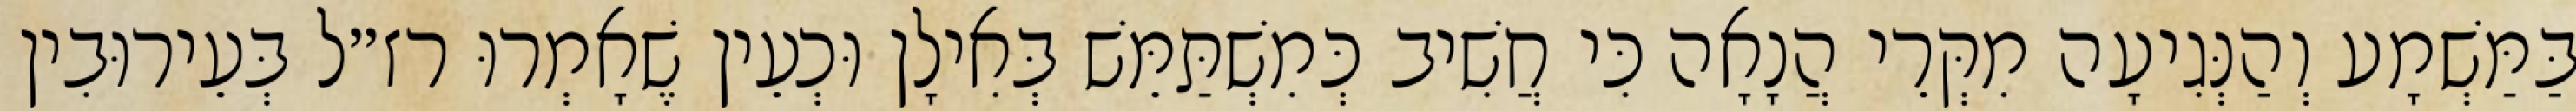
בַּמַּשְׁמָע וְהַנְּגִיעָה מִקְּרֵי הֲנָאָה כִּי חֲשִׁיב כְּמִשְׁתַּמֵּשׁ בְּאִילָן וּכְעֵין שֶׁאָמְרוּ רז״ל בְּעֵירוּבִין